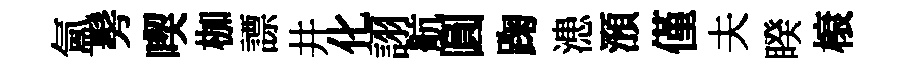
氲髣喫枷謤井化詡航圓踘漶澦僅夫睽榱